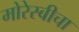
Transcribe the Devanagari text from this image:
मोरेस्बीचा